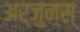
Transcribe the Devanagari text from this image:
अर्जुन्स्